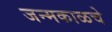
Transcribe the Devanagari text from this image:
जन्मकाळचे